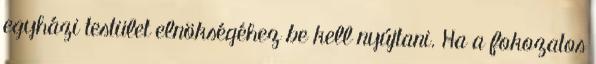
egyházi testület elnökségéhez be kell nyújtani. Ha a fokozatos